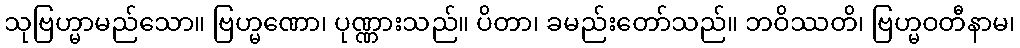
သုဗြဟ္မာမည်သော။ ဗြဟ္မဏော၊ ပုဏ္ဏားသည်။ ပိတာ၊ ခမည်းတော်သည်။ ဘဝိဿတိ၊ ဗြဟ္မဝတီနာမ၊